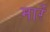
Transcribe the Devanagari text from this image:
मारेंं